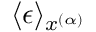
\langle \epsilon \rangle _ { x ^ { ( \alpha ) } }